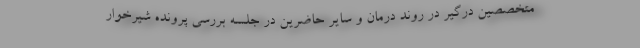
متخصصین درگیر در روند درمان و سایر حاضرین در جلسه بررسی پرونده شیرخوار